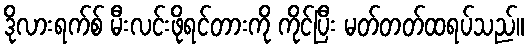
ဒိုလားရက်စ် မီးလင်းဖိုရင်တားကို ကိုင်ပြီး မတ်တတ်ထရပ်သည်။